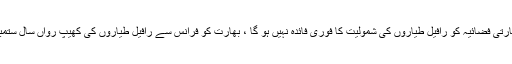
خبر ایجنسی کے مطابق بھارتی فضائیہ کو رافیل طیاروں کی شمولیت کا فوری فائدہ نہیں ہو گا ، بھارت کو فرانس سے رافیل طیاروں کی کھیپ رواں سال ستمبر میں ملنے کا امکان ہے ۔